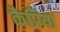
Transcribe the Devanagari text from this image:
कैप्रिया